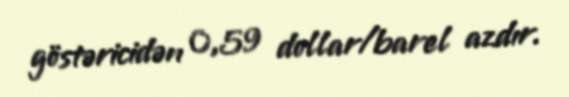
göstəricidən 0,59 dollar/barel azdır.